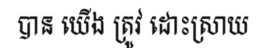
បាន យើង ត្រូវ ដោះស្រាយ